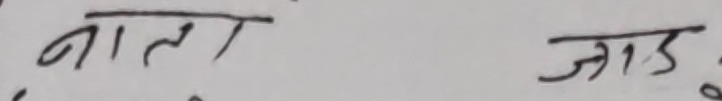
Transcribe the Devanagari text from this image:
नाता जाड